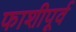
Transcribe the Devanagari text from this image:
फाशीपूर्व